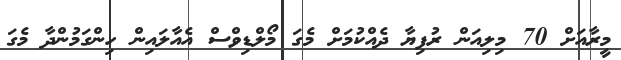
މީރާއަށް 70 މިލިއަން ރުފިޔާ ދެއްކުމަށް މެގަ މޯލްޑިވްސް އެއާލައިން ހިންގަމުންދާ މެގަ